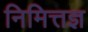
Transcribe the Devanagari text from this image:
निमित्तज्ञ